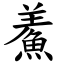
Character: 鮺